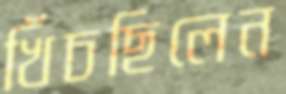
খিঁচছিলেন